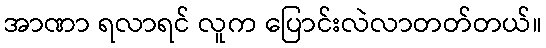
အာဏာ ရလာရင် လူက ပြောင်းလဲလာတတ်တယ်။